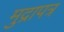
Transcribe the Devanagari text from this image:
मुद्रापत्र